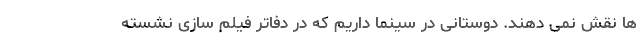
ها نقش نمی دهند.‌ دوستانی در سینما داریم که در دفاتر فیلم سازی نشسته